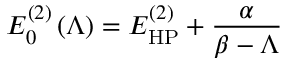
E _ { 0 } ^ { ( 2 ) } \left( \Lambda \right) = E _ { \mathrm { H P } } ^ { ( 2 ) } + \frac { \alpha } { \beta - \Lambda }